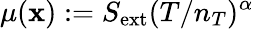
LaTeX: \mu(\textbf{x}):=S_{\mathrm{ext}}(T/n_{T})^{\alpha}